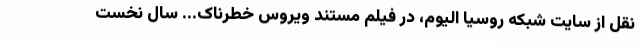
نقل از سایت شبکه روسیا الیوم، در فیلم مستند ویروس خطرناک... سال نخست